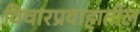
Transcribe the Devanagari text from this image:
विचारप्रवाहातील